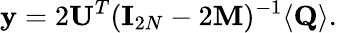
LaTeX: {\mathbf y}=2{\mathbf U}^{T}({\mathbf I}_{2N}-2{\mathbf M})^{-1}\langle{\mathbf Q}\rangle.